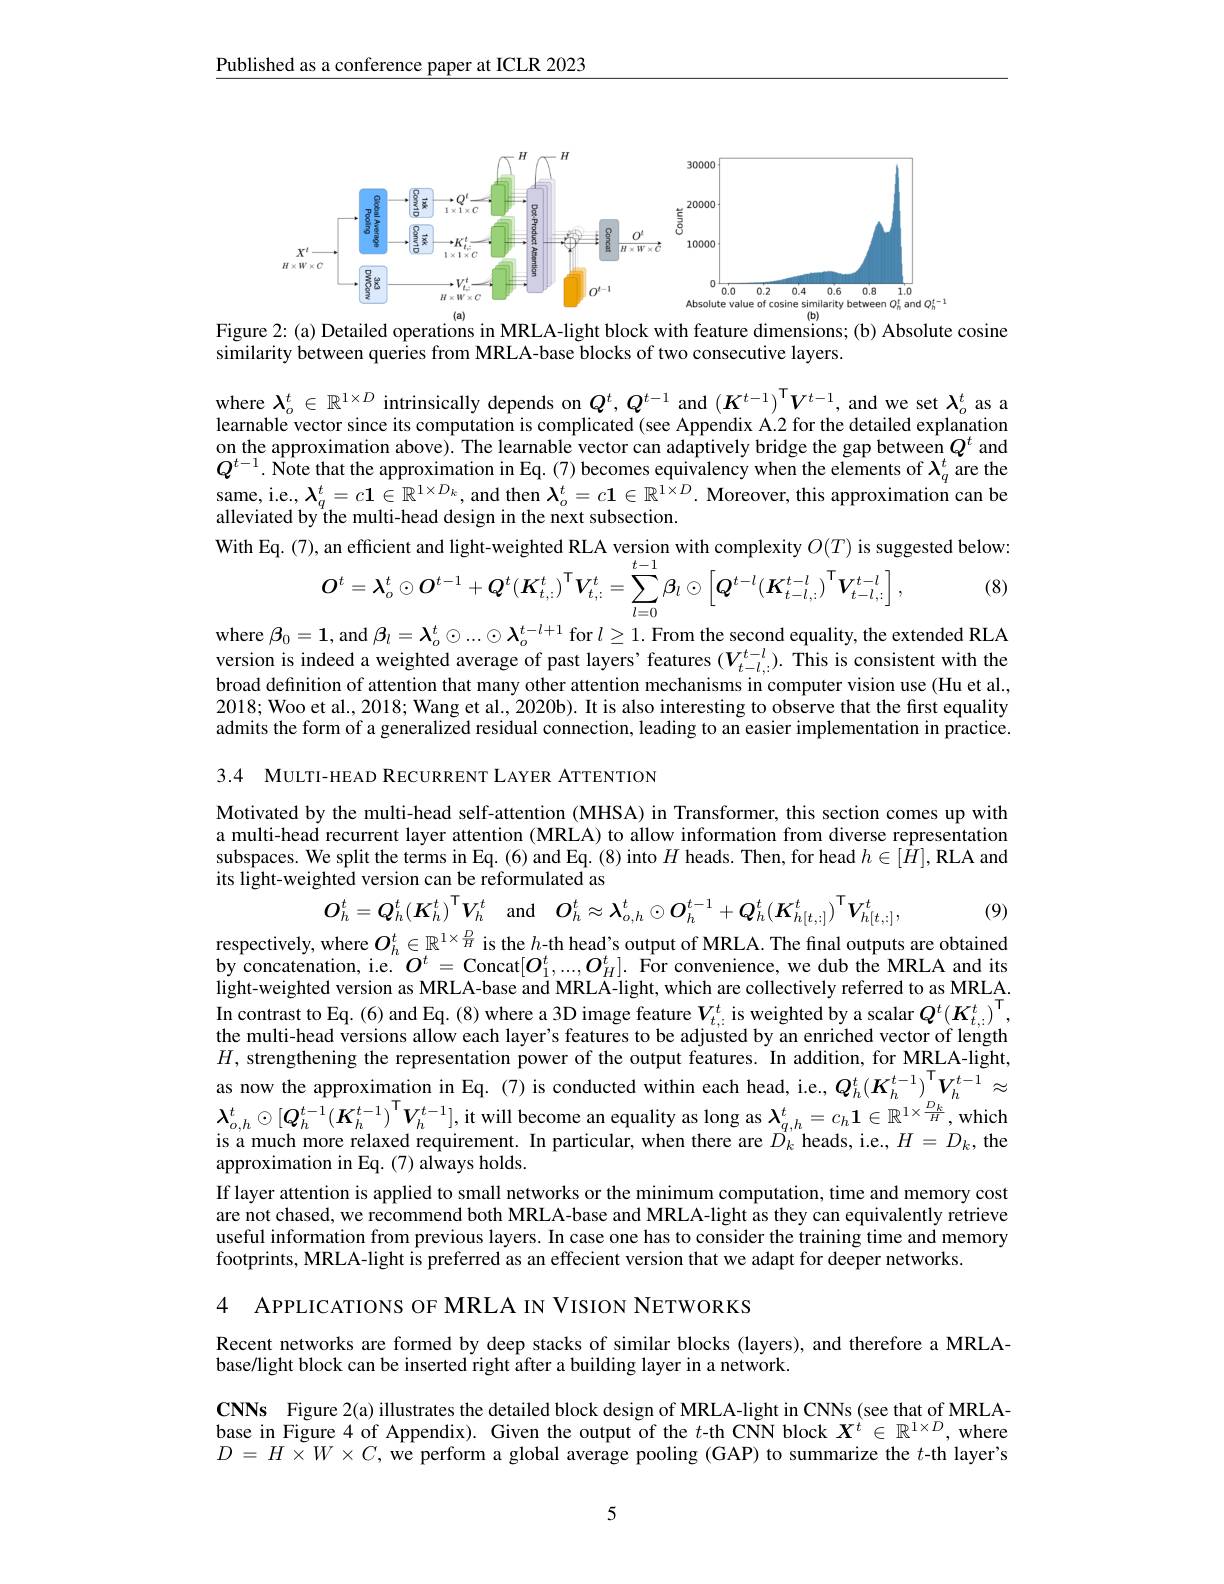
Published as a conference paper at ICLR 2023

<FigureHere>

$\cos$sine
Figure
similarity between queries from MRLA-base blocks of two consecutive layers.

where $\lambda_o^t\in\mathbb{R}^{1\times D}$ intrinsically depends on $Q^t,Q^{t-1}$ and $(K^{t-1})^\mathrm{T}V^{t-1}$, and we set $\lambda_o^t$ as a learnable vector since its computation is complicated (see Appendix A.2 for the detailed explanation on the approximation above). The learnable vector can adaptively bridge the gap between $Q^t$ and $Q^{t-1}$. Note that the approximation in Eq. (7) becomes equivalency when the elements of $\lambda_q^t$ are the same, i.e., $\boldsymbol{\lambda}_q^t=c\boldsymbol{1}\in\mathbb{R}^{1\times D_k}$, and then $\boldsymbol{\lambda}_o^t=c\boldsymbol{1}\in\mathbb{R}^{1\times D}.$ Moreover, this approximation can be alleviated by the multi-head design in the next subsection.
With Eq. (7), an efficient and light-weighted RLA version with complexity $O(T)$ is suggested below:
$$\text{an enicient and ngin-weigined KLA version wun compiexny }O(I)\mathrm{~is~sug}\\\boldsymbol{O}^{t}=\boldsymbol{\lambda}_{o}^{t}\odot\boldsymbol{O}^{t-1}+\boldsymbol{Q}^{t}(\boldsymbol{K}_{t,:}^{t})^{\mathsf{T}}\boldsymbol{V}_{t,:}^{t}=\sum_{l=0}^{t-1}\boldsymbol{\beta}_{l}\odot\left[\boldsymbol{Q}^{t-l}(\boldsymbol{K}_{t-l,:}^{t-l})^{\mathsf{T}}\boldsymbol{V}_{t-l,:}^{t-l}\right],$$
(8)

where $\beta_0=\mathbf{1}$, and $\beta_l=\mathbf{\lambda}_o^t\odot...\odot\mathbf{\lambda}_o^{t-l+1}$ for $l\geq1.$ From the second equality, the extended RLA version is indeed a weighted average of past layers' features $(V_{t-l,:}^{t-l}).$ This is consistent with the broad definition of attention that many other attention mechanisms in computer vision use (Hu et al., 2018; Woo et al., 2018; Wang et al., 2020b). It is also interesting to observe that the first equality admits the form of a generalized residual connection, leading to an easier implementation in practice. 3.4 MULTI-HEAD RECURRENT LAYER ATTENTION

Motivated by the multi-head self-attention (MHSA) in Transformer, this section comes up with a multi-head recurrent layer attention (MRLA) to allow information from diverse representation subspaces. We split the terms in Eq. (6) and Eq. (8) into $H$ heads. Then, for head $h\in[\hat{H}]$,RLA and its light-weighted version can be reformulated as
$$O_{h}^{t}=Q_{h}^{t}(K_{h}^{t})^{\mathsf{T}}V_{h}^{t}\quad\mathrm{and}\quad O_{h}^{t}\approx\lambda_{o,h}^{t}\odot O_{h}^{t-1}+Q_{h}^{t}(K_{h[t,:]}^{t})^{\mathsf{T}}V_{h[t,:]}^{t},$$
(9)

respectively, where $O_h^t\in\mathbb{R}^{1\times\frac DH}$ is the $h$-th head's output of MRLA. The final outputs are obtained by concatenation, i.e. $O^t=$ Concat$[\boldsymbol{O}_1^t,...,\boldsymbol{O}_H^t].$ For convenience, we dub the MRLA and its light-weighted version as MRLA-base and MRLA-light, which are collectively referred to as MRLA. In contrast to Eq. (6) and Eq. (8) where a 3D image feature $V_{t,\cdot}^t$ is weighted by a scalar $Q^t(K_{t,\cdot\cdot}^t)^\mathrm{T}$, the multi-head versions allow each layer's features to be adjusted by an enriched vector of length $H$, strengthening the representation power of the output features. In addition, for MRLA-light, as now the approximation in Eq. (7) is conducted within each head, i.e., $Q_h^t(K_h^{t-1})_{D_h}^{\mathrm{T}}V_h^{t-1}\approx$ $\lambda_{o,h}^{t}\odot[Q_{h}^{t-1}(\boldsymbol{K}_{h}^{t-1})^{\mathrm{T}}V_{h}^{t-1}]$, it will become an equality as long as $\lambda_{q,h}^{t}=c_{h}\mathbf{1}\in\mathbb{R}^{1\times\frac{D_{k}}{H}}$,which is a much more relaxed requirement. In particular, when there are $D_k$ heads, i.e., $H=D_k$, the approximation in Eq. (7) always holds.
If layer attention is applied to small networks or the minimum computation, time and memory cost are not chased, we recommend both MRLA-base and MRLA-light as they can equivalently retrieve useful information from previous layers. In case one has to consider the training time and memory footprints, MRLA-light is preferred as an effecient version that we adapt for deeper networks.

4 APPLICATIONS OF MRLA IN VISION NETWORKS

Recent networks are formed by deep stacks of similar blocks (layers), and therefore a MRLA-
base/light block can be inserted right after a building layer in a network.

CNNs Figure 2(a) illustrates the detailed block design of MRLA-light in CNNs (see that of MRLAbase in Figure 4 of Appendix). Given the output of the $t$-th CNN block $X^t\in\mathbb{R}^{1\times D}$, where $D=\tilde{H\times W}\times\tilde{C},\tilde{\text{we perform a global average pooling(GAP)to summarize the }t\text{-th layer's}}$

5